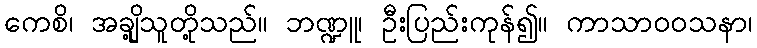
ကေစိ၊ အချို့သူတို့သည်။ ဘဏ္ဍူ၊ ဦးပြည်းကုန်၍။ ကာသာဝဝသနာ၊